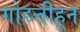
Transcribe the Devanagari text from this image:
गोहत्तीहून